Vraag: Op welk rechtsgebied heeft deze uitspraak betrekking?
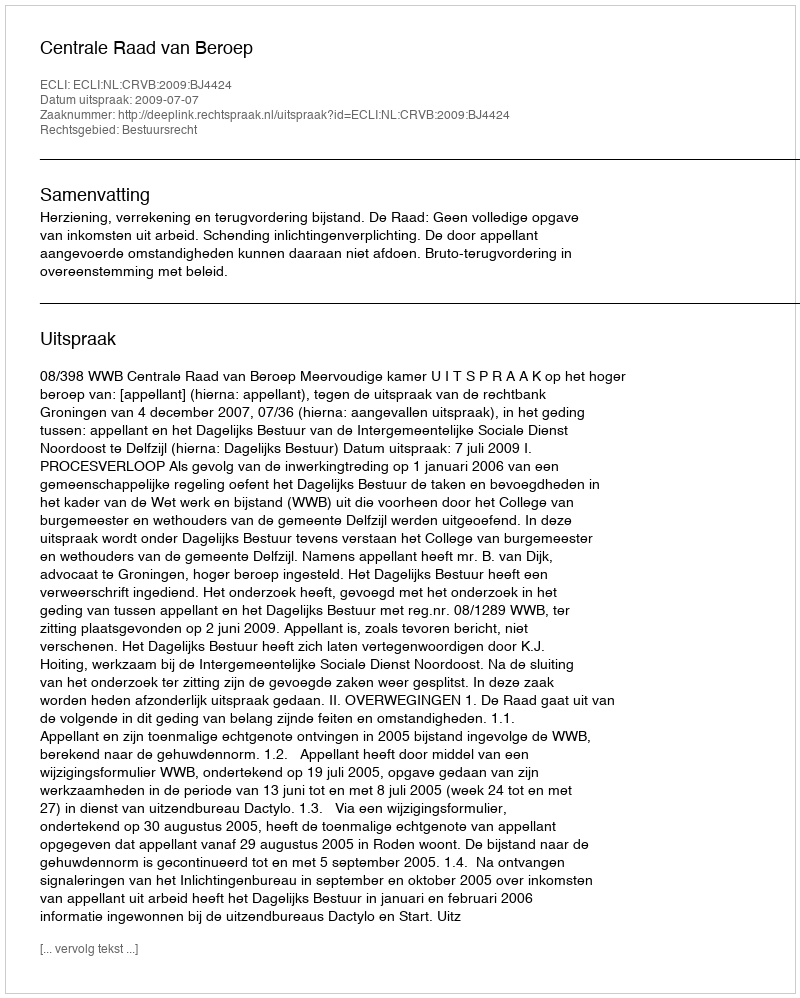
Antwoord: Bestuursrecht